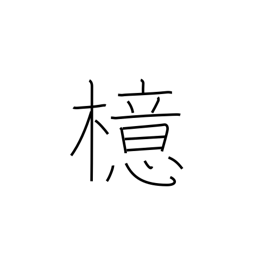
Meaning: ilex